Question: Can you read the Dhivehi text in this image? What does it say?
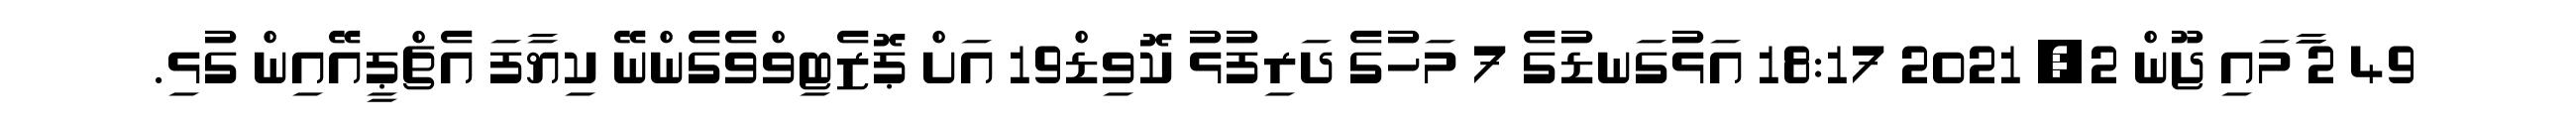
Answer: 49 2 ާަަމައި ޖޫން 2, 2021 18:17 އަޅުގަނޑުގެ 7 މަހުގެ ދަރިފުޅު ކޮވިޑް19 އަށް ޕޮޒެޓިވްވެގެންނޭ ކިޔާފަ އެޗްޕީއޭއިން ގުޅި.